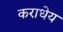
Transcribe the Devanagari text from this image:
कराधेय